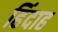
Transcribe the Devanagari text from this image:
हिंदाह